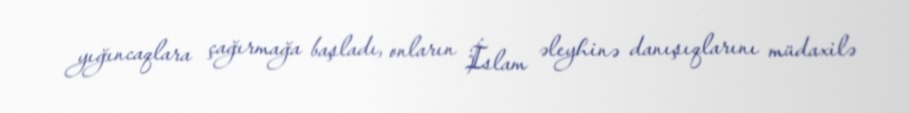
yığıncaqlara çağırmağa başladı, onların İslam əleyhinə danışıqlarını müdaxilə